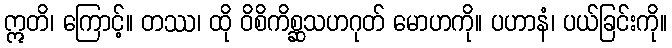
ဣတိ၊ ကြောင့်။ တဿ၊ ထို ဝိစိကိစ္ဆသဟဂုတ် မောဟကို။ ပဟာနံ၊ ပယ်ခြင်းကို။